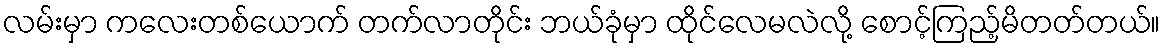
လမ်းမှာ ကလေးတစ်ယောက် တက်လာတိုင်း ဘယ်ခုံမှာ ထိုင်လေမလဲလို့ စောင့်ကြည့်မိတတ်တယ်။